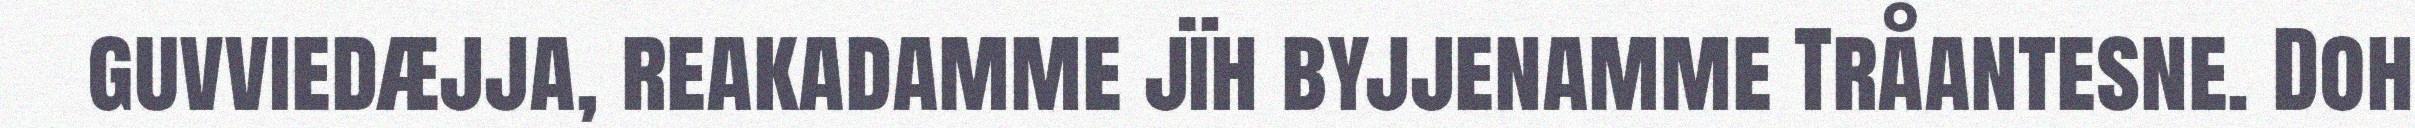
guvviedæjja, reakadamme jïh byjjenamme Tråantesne. Doh